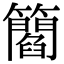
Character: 𥶿